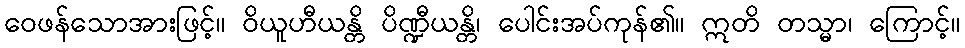
ဝေဖန်သောအားဖြင့်။ ဝိယူဟီယန္တိ ပိဏ္ဍီယန္တိ၊ ပေါင်းအပ်ကုန်၏။ ဣတိ တသ္မာ၊ ကြောင့်။